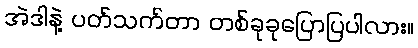
အဲဒါနဲ့ ပတ်သက်တာ တစ်ခုခုပြောပြပါလား။